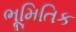
ભૂમિતિક